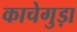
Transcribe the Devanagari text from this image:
काचेगुड़ा